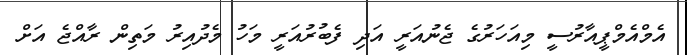
އެމްއެމްޕީއާރުސީ މިއަހަރުގެ ޖެނުއަރީ އަދި ފެބުރުއަރީ މަހު މެދުއިރު މަތިން ރާއްޖެ އަށް